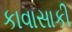
કાવાસાકી